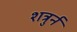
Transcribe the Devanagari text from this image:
शत्रुर्न